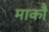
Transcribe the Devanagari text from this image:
माकौ